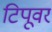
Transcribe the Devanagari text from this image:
टिपूवर